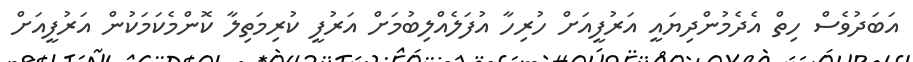
އަބަދުވެސް ހިތް އެދެމުންދިޔައީ އަރުފީއަށް ހުރިހާ އުފަލެއްލިބުމަށް އަރުފީ ކުރިމަތިލާ ކޮންމެކަމަކުން އަރުފީއަށް